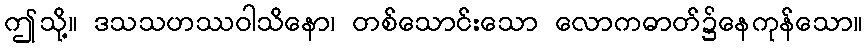
ဤသို့။ ဒသသဟဿဝါသိနော၊ တစ်သောင်းသော လောကဓာတ်၌နေကုန်သော။